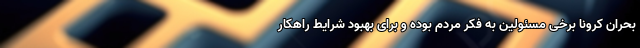
بحران کرونا برخی مسئولین به فکر مردم بوده و برای بهبود شرایط راهکار